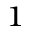
^ 1